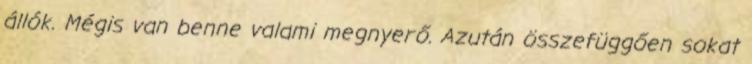
állók. Mégis van benne valami megnyerő. Azután összefüggően sokat